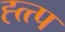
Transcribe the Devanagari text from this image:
ह्त्त्प